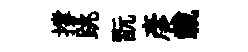
撐跳翫彦載